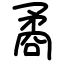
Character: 矞